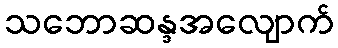
သဘောဆန္ဒအလျောက်